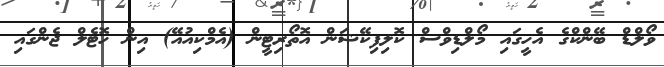
ވޯލްޑް ބޭންކްގެ އެހީގައި މޯލްޑިވްސް ކޮލިފިކޭޝަން އޮތޯރިޓީން (އެމްކިއުއޭ) އިން ހޮޓެލް ޖެންގައި